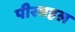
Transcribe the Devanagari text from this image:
पीरमहल